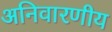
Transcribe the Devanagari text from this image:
अनिवारणीय